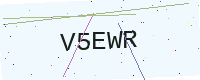
Text: V5EWR